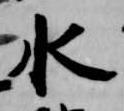
水